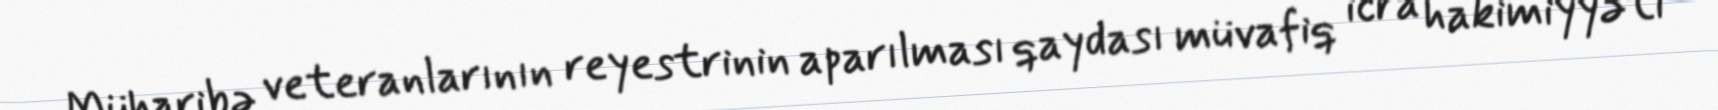
Müharibə veteranlarının reyestrinin aparılması qaydası müvafiq icra hakimiyyəti